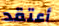
أعتقد